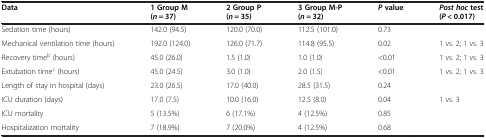
<table><thead><tr><td><b>Data</b></td><td><b>1 Group M (<i>n</i> = 37)</b></td><td><b>2 Group P (<i>n</i> = 35)</b></td><td><b>3 Group M-P (<i>n</i> = 32)</b></td><td><b><i>P </i>value</b></td><td><b><i>Post hoc </i>test (<i>P</i> &lt; 0.017)</b></td></tr></thead><tbody><tr><td>Sedation time (hours)</td><td>142.0 (94.5)</td><td>120.0 (70.0)</td><td>112.5 (101.0)</td><td>0.73</td><td> </td></tr><tr><td>Mechanical ventilation time (hours)</td><td>192.0 (124.0)</td><td>126.0 (71.7)</td><td>114.8 (95.5)</td><td>0.02</td><td>1 vs. 2; 1 vs. 3</td></tr><tr><td>Recovery time<sup>b</sup> (hours)</td><td>45.0 (26.0)</td><td>1.5 (1.0)</td><td>1.0 (1.0)</td><td>&lt;0.01</td><td>1 vs. 2; 1 vs. 3</td></tr><tr><td>Extubation time<sup>c</sup> (hours)</td><td>45.0 (24.5)</td><td>3.0 (1.0)</td><td>2.0 (1.5)</td><td>&lt;0.01</td><td>1 vs. 2; 1 vs. 3</td></tr><tr><td>Length of stay in hospital (days)</td><td>23.0 (26.5)</td><td>17.0 (40.0)</td><td>28.5 (31.5)</td><td>0.24</td><td> </td></tr><tr><td>ICU duration (days)</td><td>17.0 (7.5)</td><td>10.0 (16.0)</td><td>12.5 (8.0)</td><td>0.04</td><td>1 vs. 3</td></tr><tr><td>ICU mortality</td><td>5 (13.5%)</td><td>6 (17.1%)</td><td>4 (12.5%)</td><td>0.85</td><td> </td></tr><tr><td>Hospitalization mortality</td><td>7 (18.9%)</td><td>7 (20.0%)</td><td>4 (12.5%)</td><td>0.68</td><td> </td></tr></tbody></table>